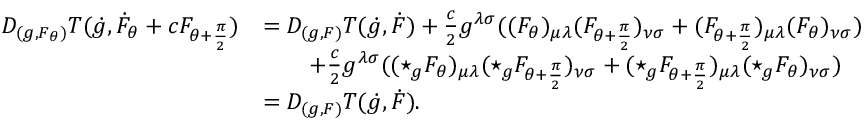
\begin{array} { r l } { D _ { ( g , F _ { \theta } ) } T ( \dot { g } , \dot { F } _ { \theta } + c F _ { \theta + \frac { \pi } { 2 } } ) } & { = D _ { ( g , F ) } T ( \dot { g } , \dot { F } ) + \frac { c } { 2 } g ^ { \lambda \sigma } ( ( F _ { \theta } ) _ { \mu \lambda } ( F _ { \theta + \frac { \pi } { 2 } } ) _ { \nu \sigma } + ( F _ { \theta + \frac { \pi } { 2 } } ) _ { \mu \lambda } ( F _ { \theta } ) _ { \nu \sigma } ) } \\ & { \qquad + \frac { c } { 2 } g ^ { \lambda \sigma } ( ( \star _ { g } F _ { \theta } ) _ { \mu \lambda } ( \star _ { g } F _ { \theta + \frac { \pi } { 2 } } ) _ { \nu \sigma } + ( \star _ { g } F _ { \theta + \frac { \pi } { 2 } } ) _ { \mu \lambda } ( \star _ { g } F _ { \theta } ) _ { \nu \sigma } ) } \\ & { = D _ { ( g , F ) } T ( \dot { g } , \dot { F } ) . } \end{array}